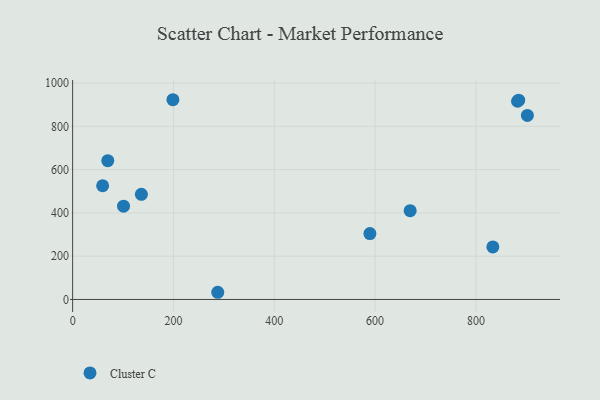
{"axis": {"x": "Distance", "y": "Salary"}, "legend": ["Cluster C"], "data": [{"x": "69.7", "y": 641.1, "type": "Cluster C"}, {"x": "136.4", "y": 485.9, "type": "Cluster C"}, {"x": "287.9", "y": 33.2, "type": "Cluster C"}, {"x": "101.0", "y": 431.2, "type": "Cluster C"}, {"x": "882.6", "y": 915.7, "type": "Cluster C"}, {"x": "884.9", "y": 920.8, "type": "Cluster C"}, {"x": "589.7", "y": 304.3, "type": "Cluster C"}, {"x": "902.1", "y": 850.3, "type": "Cluster C"}, {"x": "59.5", "y": 525.4, "type": "Cluster C"}, {"x": "833.6", "y": 242.7, "type": "Cluster C"}, {"x": "198.9", "y": 922.8, "type": "Cluster C"}, {"x": "669.6", "y": 410.3, "type": "Cluster C"}]}